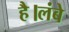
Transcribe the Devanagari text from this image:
है।लंबे